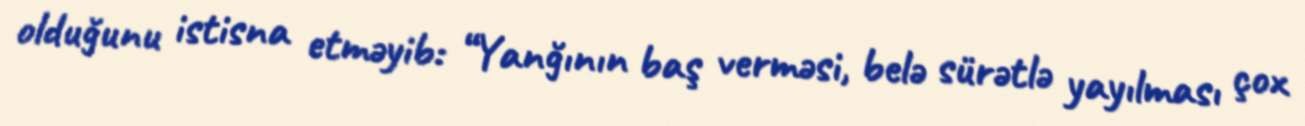
olduğunu istisna etməyib: “Yanğının baş verməsi, belə sürətlə yayılması çox